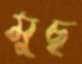
মুছ